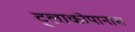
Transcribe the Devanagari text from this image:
ट्लाकोपानास